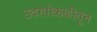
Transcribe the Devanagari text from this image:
उदरपोकळीतून